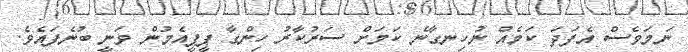
ނަމަވެސް އެފަދަ ކަމެއް ނުހިނގާނެ ކަމަށް ސަރުކާރު ހިންގާ ޕީޕީއެމުން ވަނީ ބުނެފައެވެ.